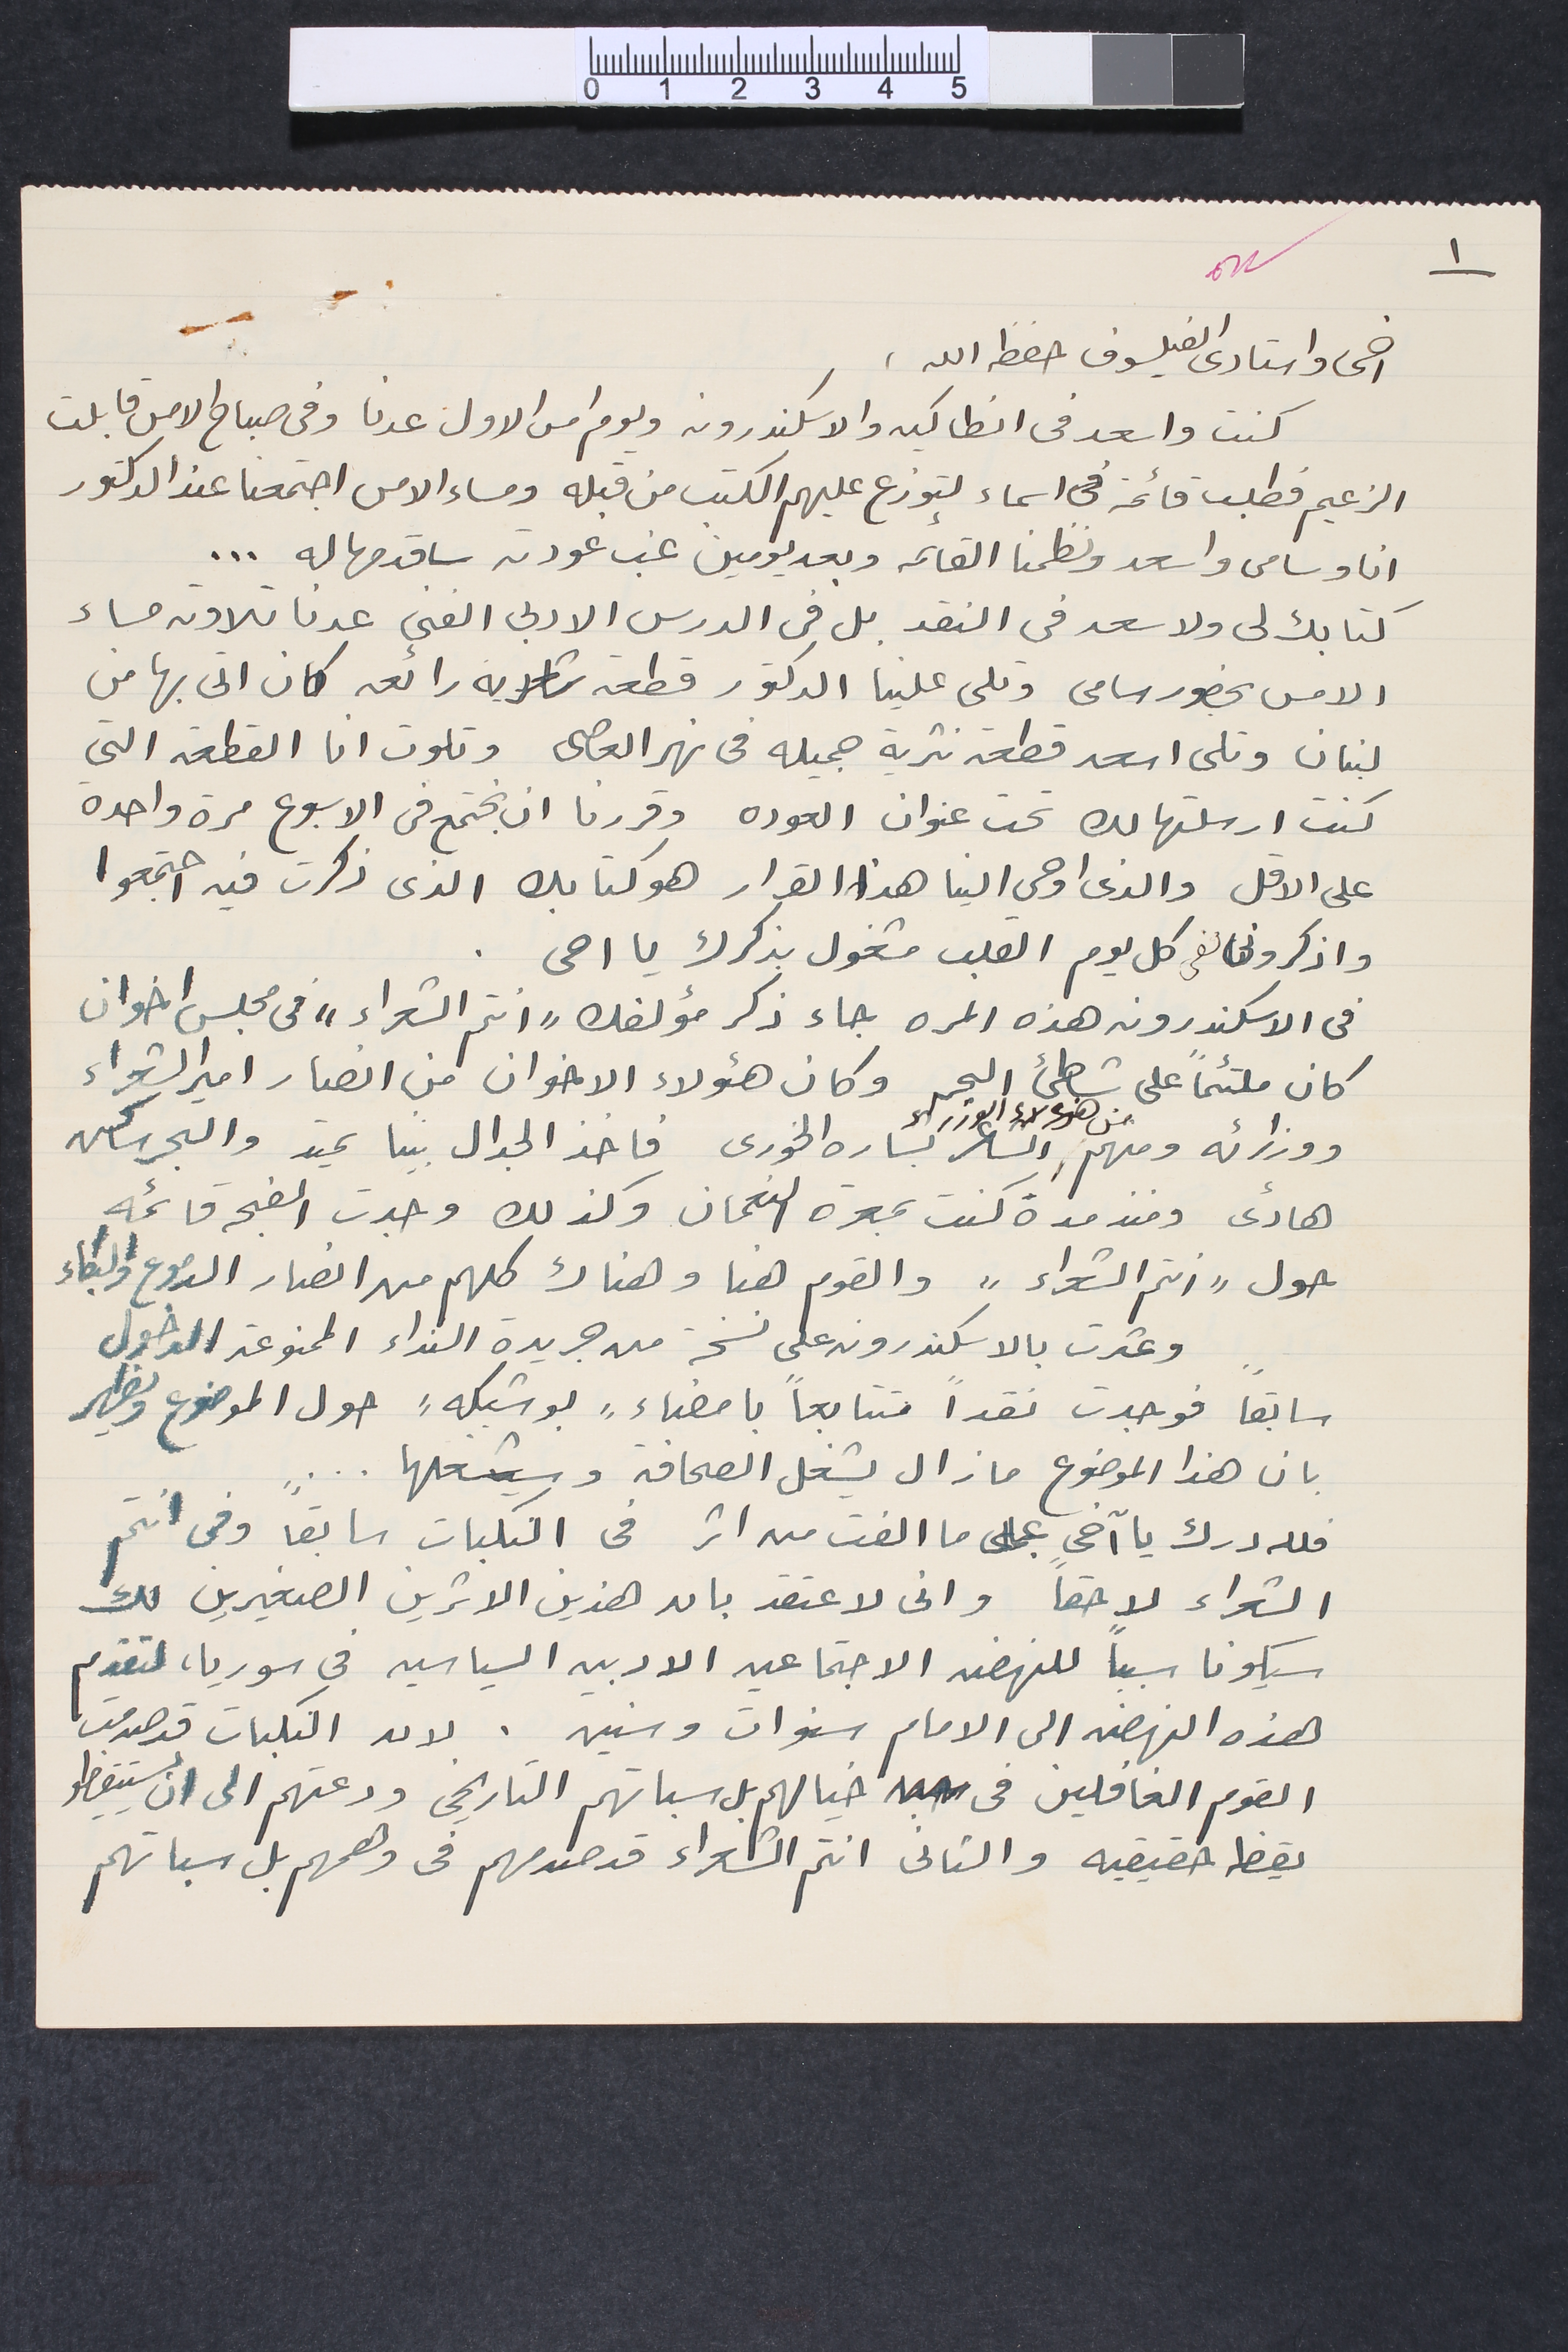
١
اخى واستادى الفيلسوف حفظ الله.
كنت واسعد في انطاكيه والاسكندرونه ويوم امس الاول عدنا وفي صباح الامس قابلت
الزعيم فطلب قائمة فى اسماء لتوزع عليهم الكتب من قبله ومساء الامس اجتمعنا عند الدكتور
انا وسامى واسعد ونظمنا القائمه وبعد يومين غب عودته ساقدمها له ...
كتابك لى ولاسعد في النقد بل فى الدرس الادبى الفنى عدنا تلاوته مساء
الامس بحضور سامى وتلى علينا الدكتور قطعه شعريه رائعه كان اتى بها من
لبنان وتلى اسعد قطعة نثرية جميله فى نهر العاصى وتلوت انا القطعة التى
كنت ارسلتها لك تحت عنوان العوده وقررنا ان نجتمع فى الاسبوع مرة واحدة
على الاقل والذى اوحي الينا هذا القرار هو كتابك الذى ذكرت فيه اجتمعوا
واذكرونى لفي كل يوم القلب مشغول بذكرك يا اخى.
في الاسكندرونه هذه المره جاء ذكر مؤلفك "انتم الشعراء" فى مجلس اخوان
كان ملتئماً على شاطىء البحر وكان هؤلاء الاخوان من انصار امير الشعراء
ووزرائه ومنهم من هؤلاء الوزراء الشاعر بشاره الخورى فاخذ الجدال بيننا يحتد والبحر ساكن
هادءى ومنذ مدة كنت بمعرة النعمان وكذلك وجدت الضجه قائمه
حول "أنتم الشعراء" والقوم هنا وهناك كلهم من انصار الدموع والبكاء
وعثرت بالاسكندرونه على نسخة من جريدة النداء الممنوعة الدخول
سابقاً فوجدت نقداَ متتابعاَ بامضاء "بو شبكه" حول الموضوع ويظهر
بان هذا الموضوع ما زال يشغل الصحافة وسيشغلها ...
فلله درك يا آخى على ما الفت من اثر فى النكبات سابقاً وفى انتم
الشعراء لاحقاً وانى لاعتقد بان هذين الاثرين الصغيرين لك
سيكونا سبباً للنهضه الاجتماعيه الادبيه السياسيه في سوريا، لتقدم
هذه النهضه الى الامام سنوات وسنين. لان النكبات قد صدمت
القوم الغافلين فى خيالهم بل سباتهم التاريخى ودعتهم الى ان يستيقظو
يقظه حقيقيه والثانى انتم الشعراء قد صدمهم فى وهمهم بل سباتهم